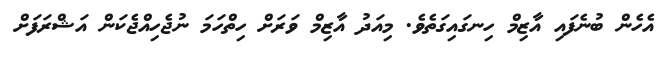
އެހެން ބުނެފައި އާޒިމް ހިނގައިގަތެވެ. މިއަދު އާޒިމް ވަރަށް ހިތްހަމަ ނުޖެހިއްޖެކަން އަޝްރަފަށް